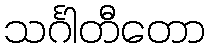
သင်္ဂါတီတော